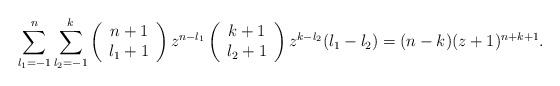
\begin{align*}\sum_{l_{1}=-1}^{n} \sum_{l_{2}=-1}^{k}\left( \begin{array}{c} n+1 \\ l_{1}+1 \end{array} \right)z^{n-l_{1}}\left( \begin{array}{c} k+1 \\ l_{2}+1 \end{array} \right)z^{k-l_{2}} (l_{1}-l_{2})=(n-k) (z+1)^{n+k+1}.\end{align*}